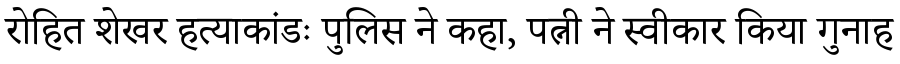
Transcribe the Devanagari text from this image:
रोहित शेखर हत्याकांडः पुलिस ने कहा, पत्नी ने स्वीकार किया गुनाह